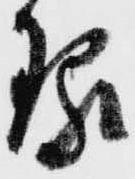
琢